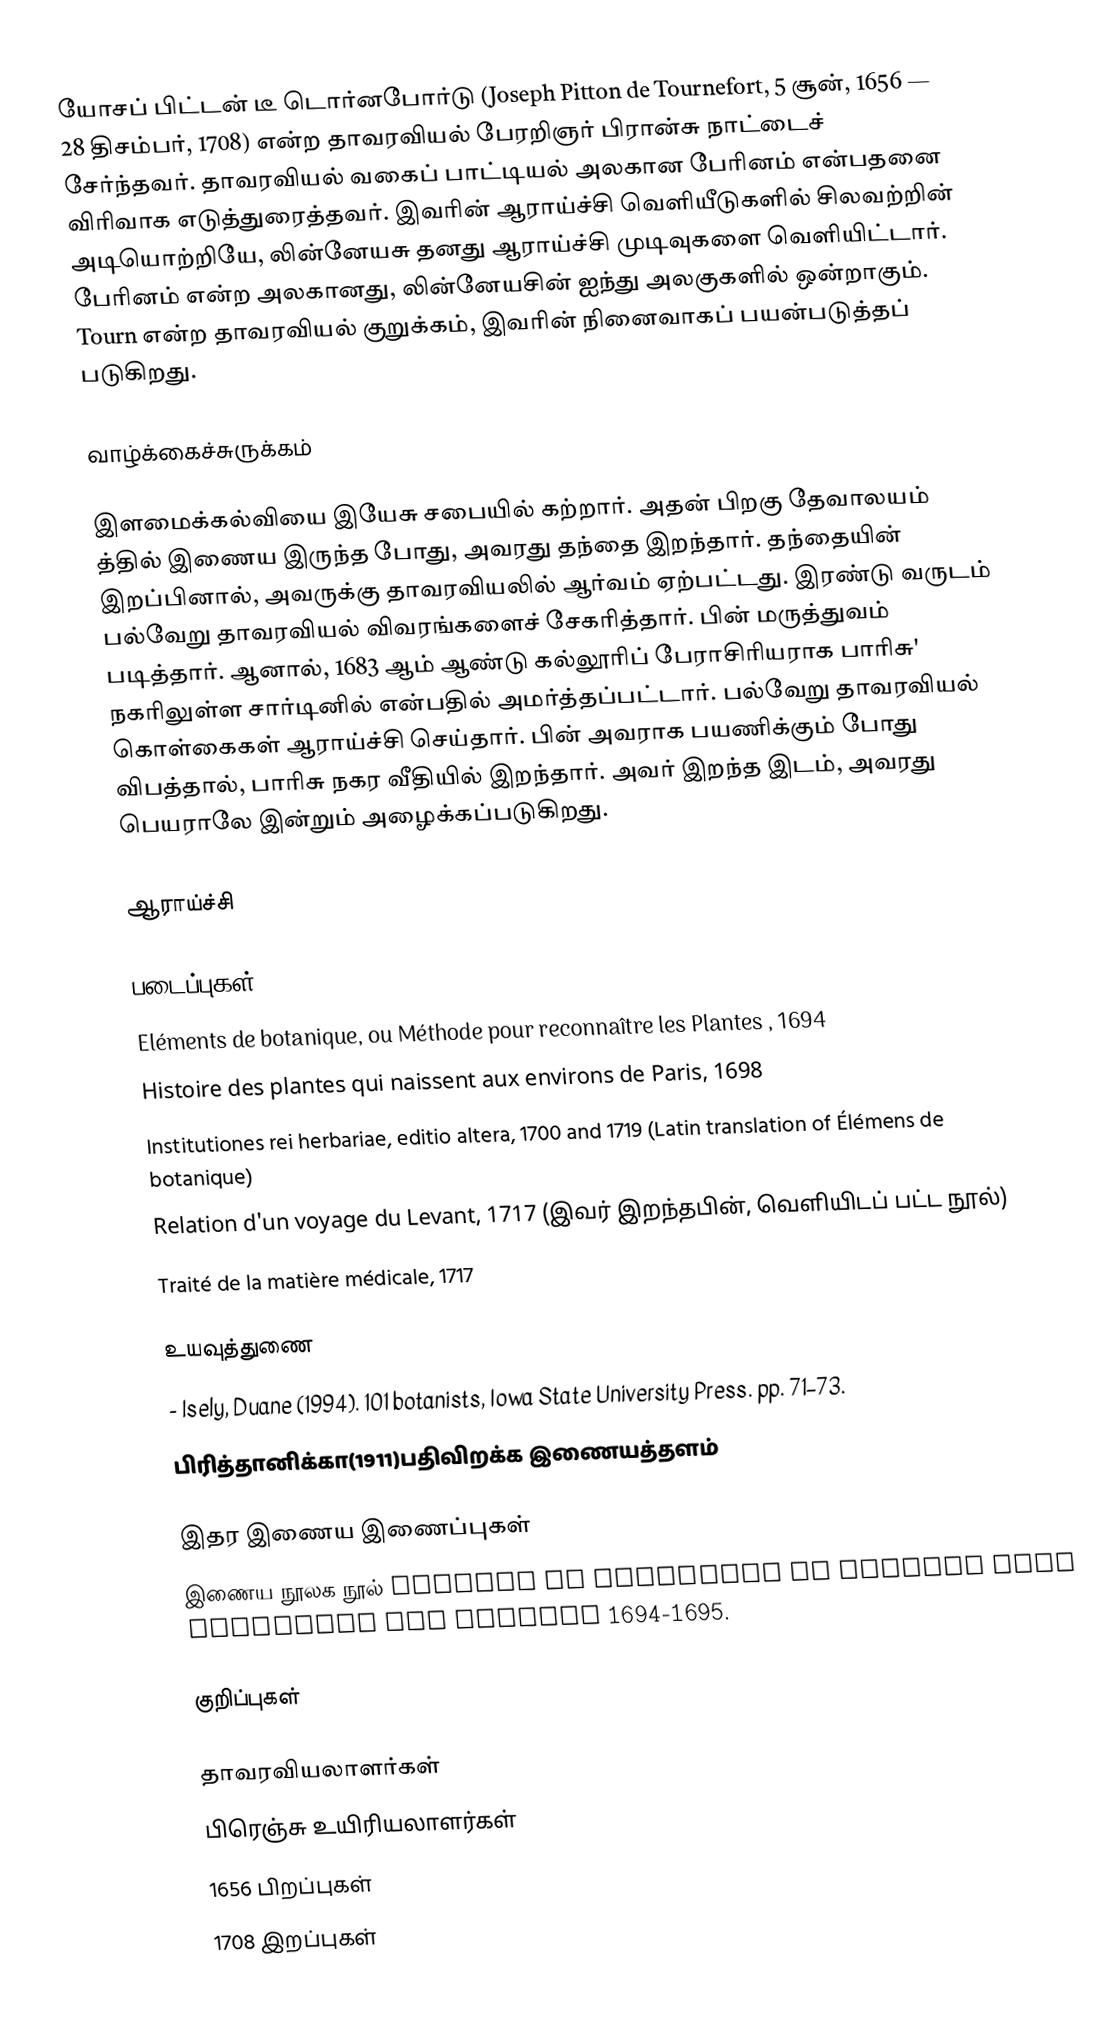
யோசப் பிட்டன் டீ டொர்னபோர்டு (Joseph Pitton de Tournefort, 5 சூன், 1656 — 28 திசம்பர், 1708) என்ற தாவரவியல் பேரறிஞர் பிரான்சு நாட்டைச் சேர்ந்தவர். தாவரவியல் வகைப் பாட்டியல்  அலகான பேரினம் என்பதனை விரிவாக எடுத்துரைத்தவர். இவரின் ஆராய்ச்சி வெளியீடுகளில் சிலவற்றின் அடியொற்றியே, லின்னேயசு தனது ஆராய்ச்சி முடிவுகளை வெளியிட்டார். பேரினம் என்ற அலகானது, லின்னேயசின் ஐந்து அலகுகளில் ஒன்றாகும். Tourn என்ற தாவரவியல் குறுக்கம், இவரின் நினைவாகப் பயன்படுத்தப் படுகிறது.

வாழ்க்கைச்சுருக்கம்

இளமைக்கல்வியை இயேசு சபையில் கற்றார். அதன் பிறகு தேவாலயம் த்தில் இணைய இருந்த போது, அவரது தந்தை இறந்தார். தந்தையின் இறப்பினால், அவருக்கு தாவரவியலில் ஆர்வம் ஏற்பட்டது. இரண்டு வருடம் பல்வேறு தாவரவியல் விவரங்களைச் சேகரித்தார். பின் மருத்துவம் படித்தார். ஆனால், 1683 ஆம் ஆண்டு கல்லூரிப் பேராசிரியராக பாரிசு' நகரிலுள்ள சார்டினில் என்பதில் அமர்த்தப்பட்டார். பல்வேறு தாவரவியல் கொள்கைகள் ஆராய்ச்சி செய்தார். பின் அவராக பயணிக்கும் போது விபத்தால், பாரிசு நகர வீதியில் இறந்தார். அவர் இறந்த இடம், அவரது பெயராலே  இன்றும் அழைக்கப்படுகிறது.

ஆராய்ச்சி

படைப்புகள்
 Eléments de botanique, ou Méthode pour reconnaître les Plantes , 1694
 Histoire des plantes qui naissent aux environs de Paris, 1698
 Institutiones rei herbariae, editio altera, 1700 and 1719 (Latin translation of Élémens de botanique)
 Relation d'un voyage du Levant, 1717 (இவர் இறந்தபின், வெளியிடப் பட்ட நூல்)
 Traité de la matière médicale, 1717

உயவுத்துணை
 - Isely, Duane (1994). 101 botanists, Iowa State University Press. pp. 71–73.
 பிரித்தானிக்கா(1911)பதிவிறக்க இணையத்தளம்

இதர இணைய இணைப்புகள்
இணைய நூலக நூல்  Elemens de botanique ou methode pour connoitre les plantes 1694-1695.

குறிப்புகள்

தாவரவியலாளர்கள்
பிரெஞ்சு உயிரியலாளர்கள்
1656 பிறப்புகள்
1708 இறப்புகள்